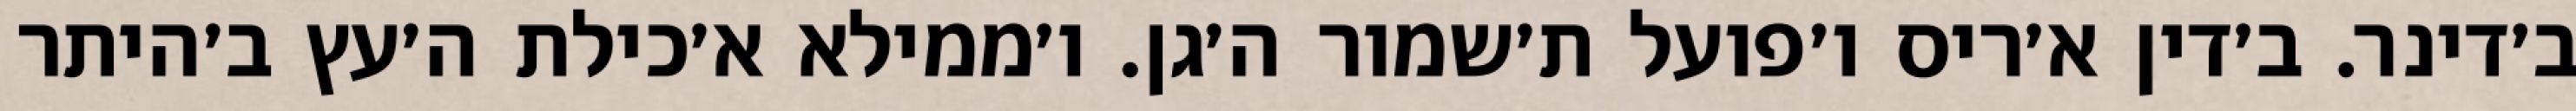
ב׳דינר. ב׳דין א׳ריס ו׳פועל ת׳שמור ה׳גן. ו׳ממילא א׳כילת ה׳עץ ב׳היתר